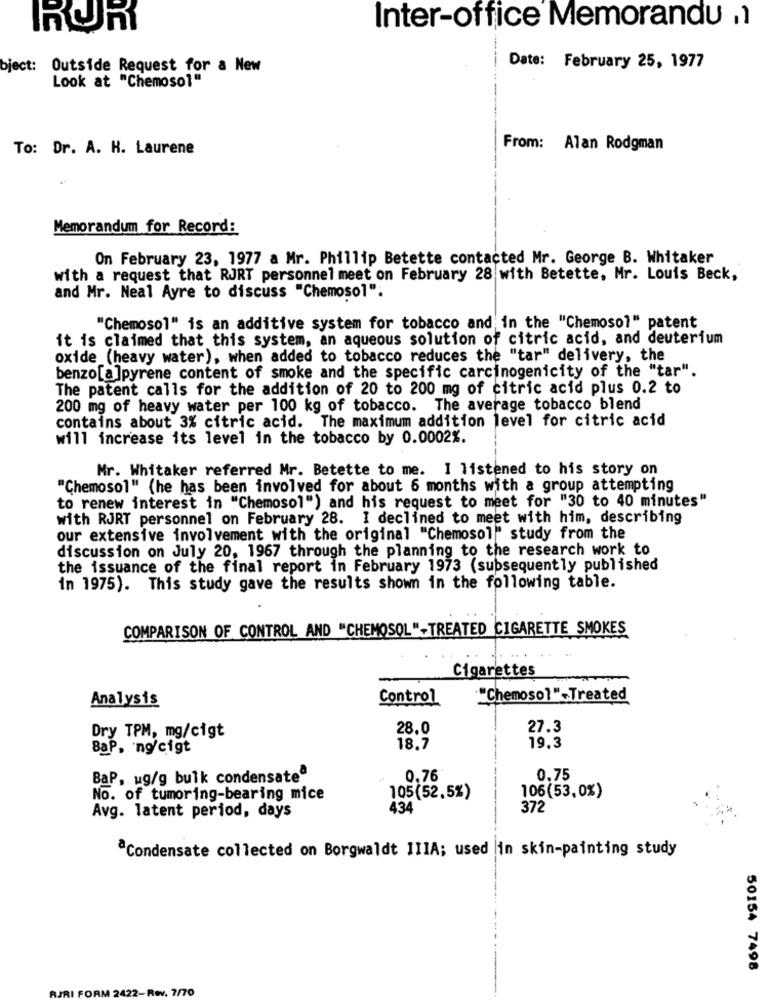
ROR
Inter-office Memorandu ,1
bject: Outside Request for a New
Date: February 25, 1977
Look at "Chemosol"
To: Dr. A. H. Laurene
From: Alan Rodgman
Memorandum for Record:
On February 23, 1977 a Mr. Phillip Betette contacted Mr. George B. Whitaker
with a request that RJRT personnel meet on February 28 with Betette, Mr. Louis Beck,
and Mr. Neal Ayre to discuss "Chemosol":
"Chemosol" is an additive system for tobacco and in the "Chemosol" patent
it is claimed that this system, an aqueous solution of citric acid, and deuterium
oxide (heavy water), when added to tobacco reduces the "tar" delivery, the
benzo[a ]pyrene content of smoke and the specific carcinogenicity of the "tar".
The patent calls for the addition of 20 to 200 mg of citric acid plus 0.2 to
200 mg of heavy water per 100 kg of tobacco. The average tobacco blend
contains about 3% citric acid. The maximum addition level for citric acid
will increase its level in the tobacco by 0.0002%.
Mr. Whitaker referred Mr. Betette to me. I listened to his story on
"Chemosol" (he has been involved for about 6 months with a group attempting
to renew interest in "Chemosol") and his request to meet for "30 to 40 minutes"
with RJRT personnel on February 28. I declined to meet with him, describing
our extensive involvement with the original "Chemosol"" study from the
discussion on July 20, 1967 through the planning to the research work to
the issuance of the final report in February 1973 (subsequently published
in 1975). This study gave the results shown in the following table.
COMPARISON OF CONTROL AND "CHEMOSOL"-TREATED CIGARETTE SMOKES
Cigarettes
Analysis
Control
"Chemosol"-Treated
Dry TPM, mg/cigt
28.0
27.3
BaP. ng/cigt
18.7
19.3
BaP, ug/g bulk condensate
0.76
0.75
No. of tumoring-bearing mice
105(52.5%)
106(53,0%)
434
372
Avg. latent period, days
"Condensate collected on Borgwaldt IIIA; used in skin-painting study
50154 7498
RJRI FORM 2422-Rev. 7/70